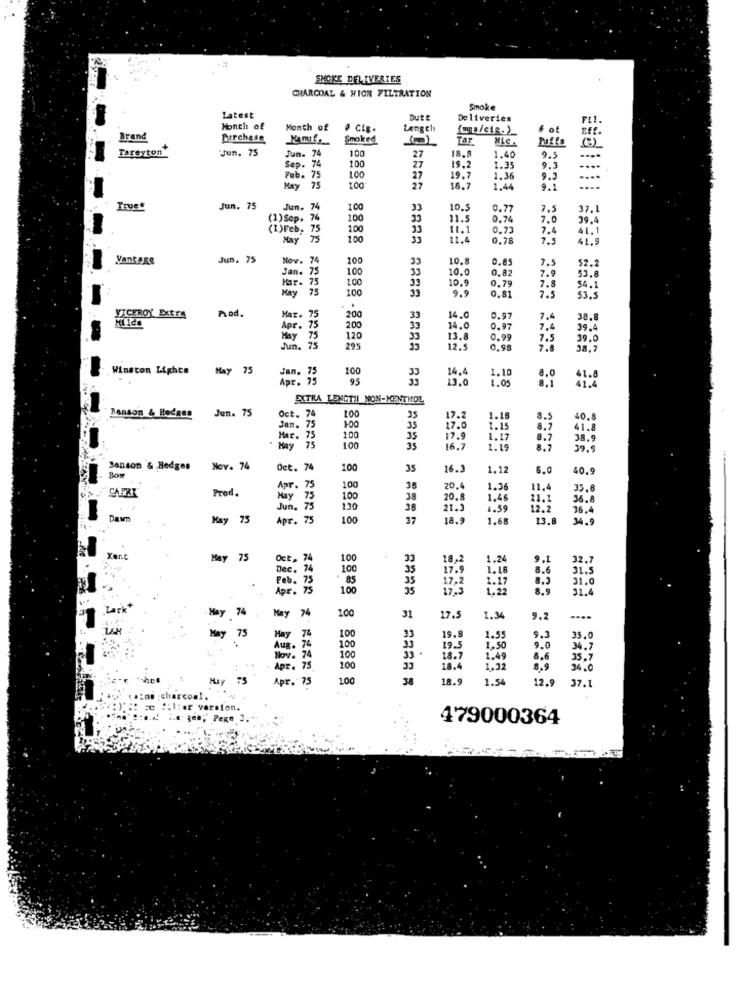
SMOKE DELIVERIES
CHARCOAL & HION FILTRATION
Smoke
Latest
Bute
Deliveries
PLI
Month of
Month of
# CiS.
Length
Brand
purchase
Smoked
Tar
Tuffs
Jun. 75
Jun. 74
100
1.40
Tareyton
Sep. 74
74
27
18.8
9.5
100
27
19.2
1.35
....
Feb
75
100
27
19.7
1.36
...
May
75
1.00
27
16.7
1.44
....
Truet
Jun. 75
Jun. 74
100
10.5
0.7
7.
37.1
(1)Sep.
. 74
100
33
11.5
0.74
7.0
39.4
(1)Feb, 75
100
11.1
0.73
7.4
41.1
May
TS
100
11.4
0.78
Vantage
Jun. 75
Nov. 74
100
10.8
52.2
Jan. 75
100
33
33
10.0
7.9
7.5
53.8
1.00
10.9
0,8
7.
Har. 75
May
100
33
33
9.9
0,79
54.
0,81
53.5
VICEROY Extra
Pod.
Mar. 75
200
33
14.0
0.97
7.4
38.8
Apr. 75
200
33
14.0
0.97
7,4
39.4
May
120
33
13.8
0.99
7.5
39.0
Jun .
12.5
0.95
7.8
Winston Lights
May
75
. 75
100
1.10
Apr. 75
95
33
14.4
13.0
1.05
EXTRA LENCTIL NON-MENTHOL
Jun. 7
Oct. 74
Benson & Heckes
100
35
17.2
1.18
8.5
40.8
Jan. 75
100
33
17.0
1.15
8.7
41.8
Mar.
75
100
35
1.17
8.7
38.9
May
75
100
35
16.7
1.19
39.9
Sonson & Hedges
Nov. 74
Oct.
100
35
16.3
1.12
6.0
40.9
BOY
CAPRI
Prod.
Apr. 75
100
38
20.
1.36
11.4
35.6
Hay
May 75
75
100
38
20.8
1,46
11.1
36.8
Jun. 75
130
38
21.3
1.59
12.2
36.4
Dawn
May 75
Apr.
75
100
37
18.9
1.68
13.8
34.9
Yert
May
75
Oct. 7
100
33
18,2
1.24
9.L
32.7
Dec.
100
1.18
8.6
31.5
Feb.
35
17.9
17,2
1.17
8.3
31.0
. . +
Apr. 75
100
35
1.22
31.4
Park
May
74
May 74
100
31
17.5
1.34
9.2
....
LAH
May
75
Hay
74
74
100
33
19.8
1.55
9.3
35.0
Aug.
100
33
19.5
1,50
9.0
34.7
Nov. 74
100
18.7
1.49
8.6
35,7
Apr. 75
100
33
8.4
1.32
8.9
34.0
MAY
Apr. 75
100
38
18.
1.54
12.9
37.1
version.
PERO 3.
479000364